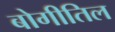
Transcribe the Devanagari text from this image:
बोगीतिल